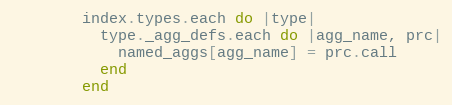
Language: Ruby
        index.types.each do |type|
          type._agg_defs.each do |agg_name, prc|
            named_aggs[agg_name] = prc.call
          end
        end